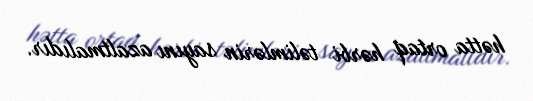
hətta ortaq hərbi təlimlərin sayını azaltmalıdır.